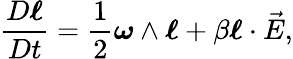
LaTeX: \frac{D\boldsymbol{\ell}}{Dt}=\frac{1}{2}\boldsymbol{\omega}\wedge\boldsymbol{\ell}+\beta\boldsymbol{\ell}\cdot\vec{E},